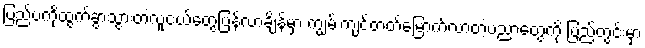
ပြည်ပကိုထွက်ခွာသွားတဲ့လူငယ်တွေပြန်လာချိန်မှာ ကျွမ်းကျင်တတ်မြောက်လာတဲ့ပညာတွေကို ပြည်တွင်းမှာ